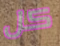
كل